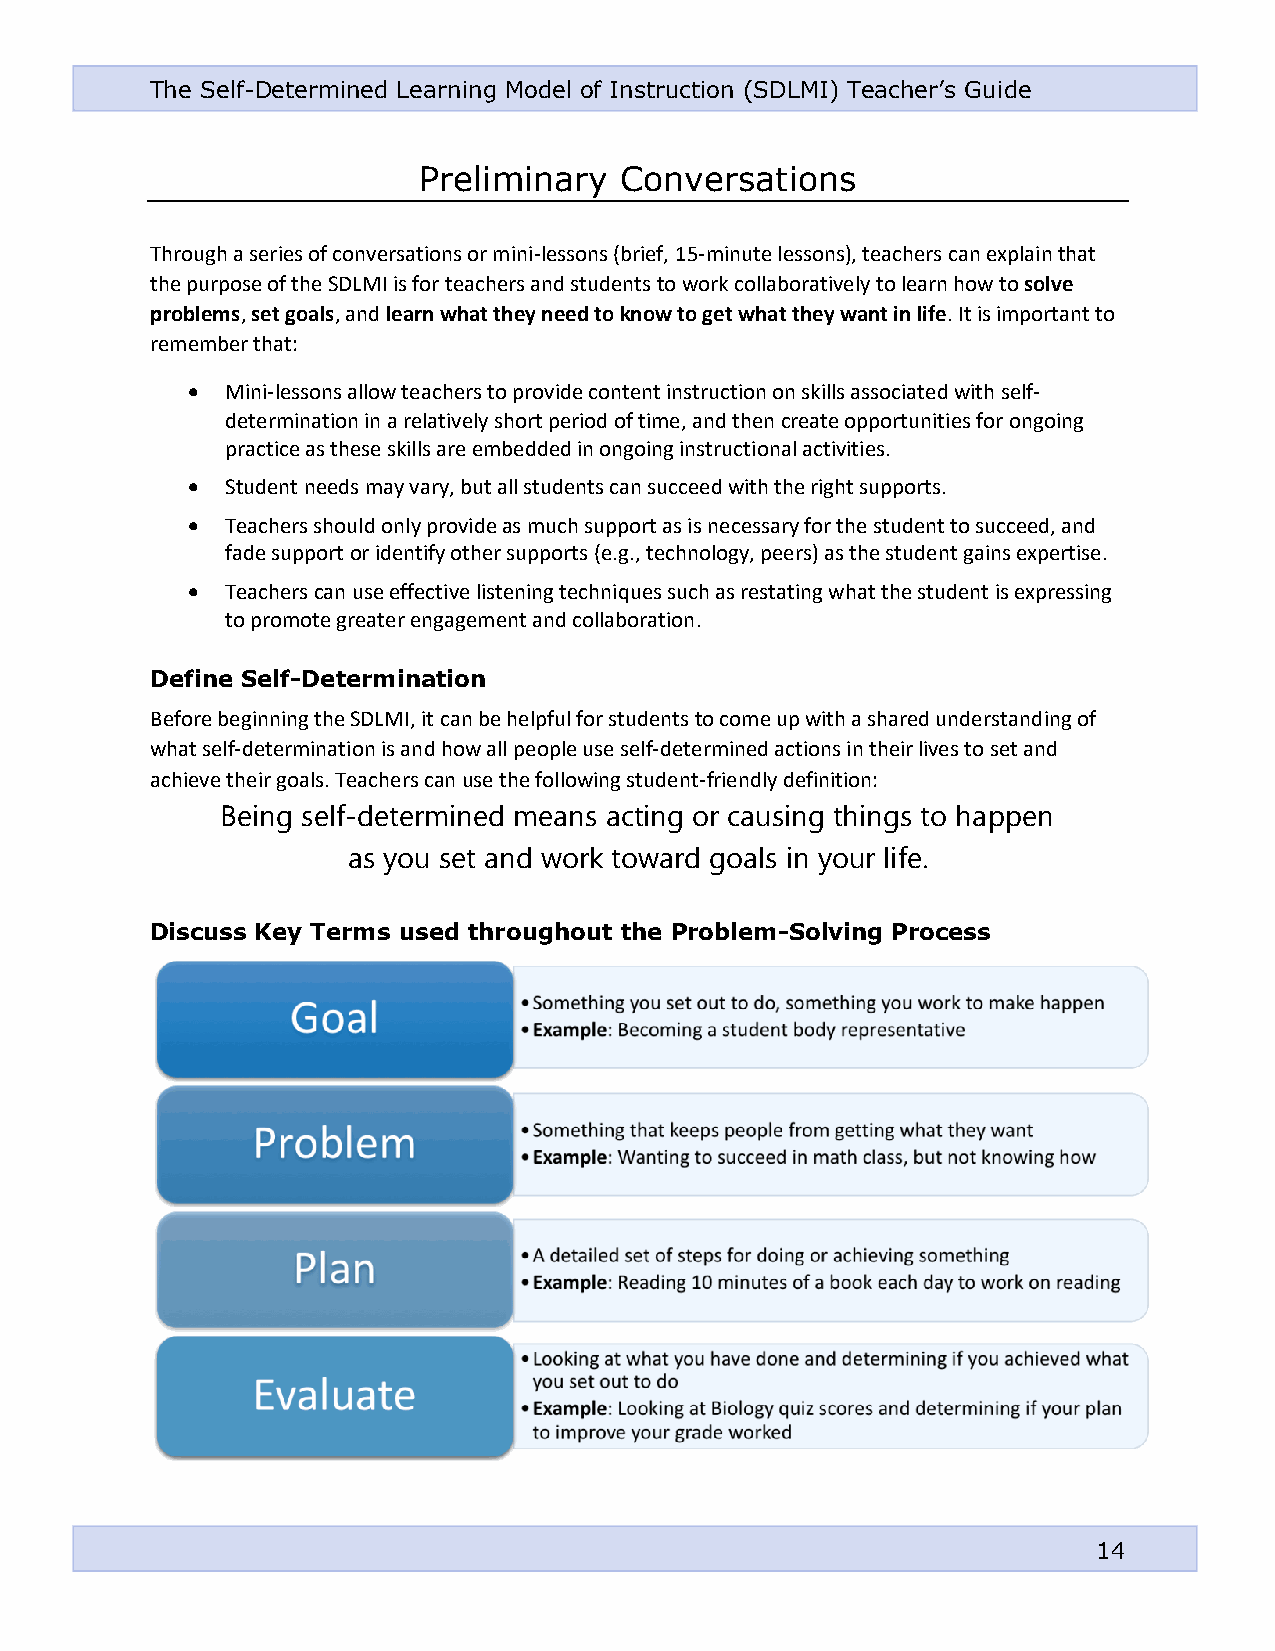
The Self-Determined Learning Model of Instruction (SDLMI) Teacher’s Guide
 Preliminary  Conversations
 Through a series of conversations or mini-lessons (brief, 15-minute lessons), teachers can explain that
 the purpose of the SDLMI is for teachers and students to work collaboratively to learn how to solve
 problems, set goals, and learn what they need to know to get what they want in life. It is important to
 remember that:
 •  Mini-lessons allow teachers to provide content instruction on skills associated with self-
 determination in a relatively short period of time, and then create opportunities for ongoing
 practice as these skills are embedded in ongoing instructional activities.
 •  Student needs may vary, but all students can succeed with the right supports.
 •  Teachers should only provide as much support as is necessary for the student to succeed, and
 fade support or identify other supports (e.g., technology, peers) as the student gains expertise.
 •  Teachers can use effective listening techniques such as restating what the student is expressing
 to promote greater engagement and collaboration.
 Define Self-Determination
 Before beginning the SDLMI, it can be helpful for students to come up with a shared understanding of
 what self-determination is and how all people use self-determined actions in their lives to set and
 achieve their goals. Teachers can use the following student-friendly definition:
 Being self-determined means acting or causing things to happen
 as you set and work toward goals in your life.
 Discuss Key Terms used throughout the Problem-Solving Process
 14